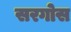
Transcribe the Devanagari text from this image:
सरगोस